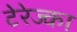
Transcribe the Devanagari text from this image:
टेरेज्का